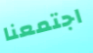
اجتمعنا